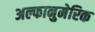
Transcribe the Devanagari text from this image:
अल्फानुमेरिक